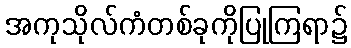
အကုသိုလ်ကံတစ်ခုကိုပြုကြရာ၌